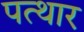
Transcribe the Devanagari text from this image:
पत्थार